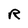
Character: R